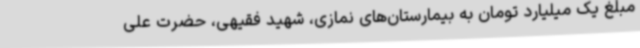
مبلغ یک میلیارد تومان به بیمارستان‌های نمازی، شهید فقیهی، حضرت علی